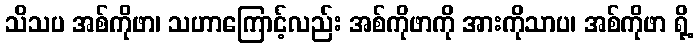
သိသပ အစ်ကိုဖာ၊ သဟာကြောင့်လည်း အစ်ကိုဖာကို အားကိုသာပ၊ အစ်ကိုဖာ ရို့